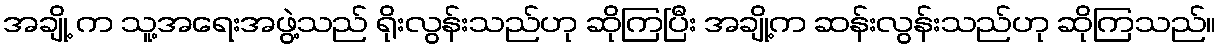
အချို့ က သူ့အရေးအဖွဲ့သည် ရိုးလွန်းသည်ဟု ဆိုကြပြီး အချို့က ဆန်းလွန်းသည်ဟု ဆိုကြသည်။